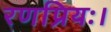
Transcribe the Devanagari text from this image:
रणप्रियः।